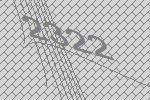
2322